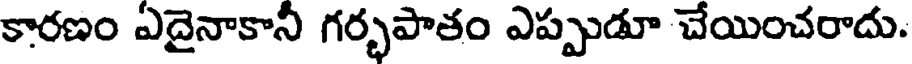
కారణం ఎదైనాకానీ గర్భపాతం ఎప్పుడూ చేయించరాదు.